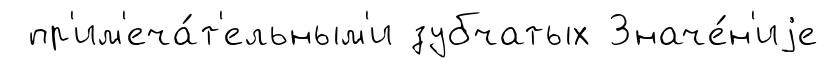
пр'им'еча́т'ельным'и зубчатых Значе́н'иjе